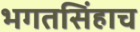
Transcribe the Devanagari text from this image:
भगतसिंहाच